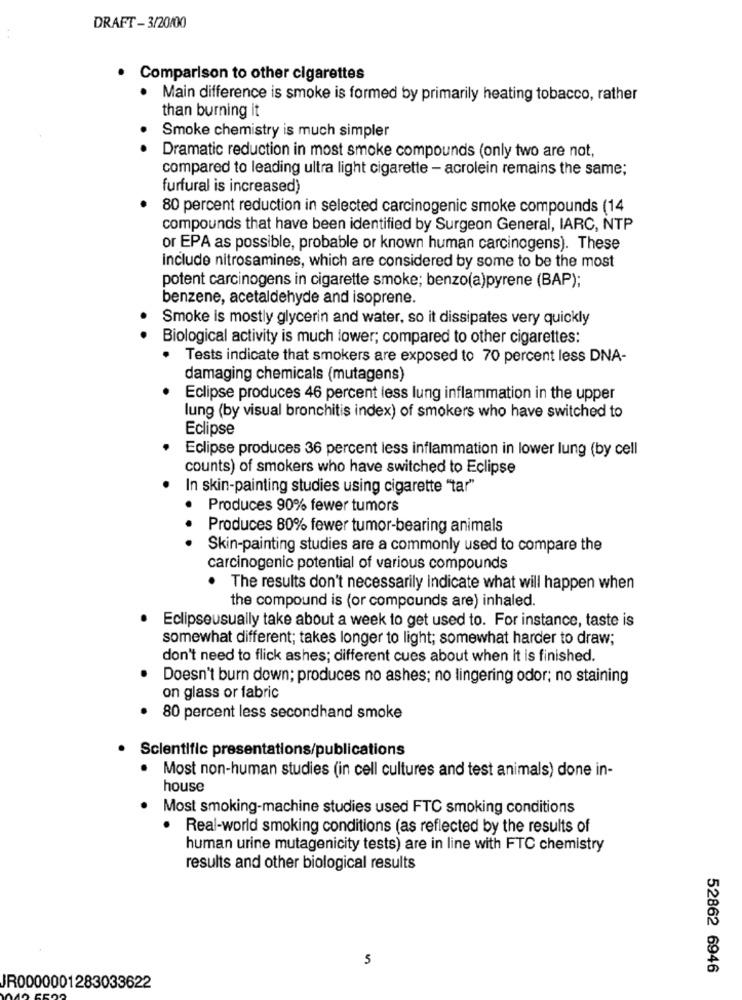
DRAFT-3/20/00
. Comparison to other cigarettes
Main difference is smoke is formed by primarily heating tobacco, rather
than burning it
Smoke chemistry is much simpler
Dramatic reduction in most smoke compounds (only two are not,
compared to leading ultra light cigarette - acrolein remains the same;
furfural is increased)
80 percent reduction in selected carcinogenic smoke compounds (14
compounds that have been identified by Surgeon General, IARC, NTP
or EPA as possible, probable or known human carcinogens). These
include nitrosamines, which are considered by some to be the most
potent carcinogens in cigarette smoke; benzo(a)pyrene (BAP);
benzene, acetaldehyde and isoprene.
Smoke is mostly glycerin and water, so it dissipates very quickly
Biological activity is much lower; compared to other cigarettes:
· Tests indicate that smokers are exposed to 70 percent less DNA-
damaging chemicals (mutagens)
Eclipse produces 46 percent less lung inflammation in the upper
lung (by visual bronchitis index) of smokers who have switched to
Eclipse
Eclipse produces 36 percent less inflammation in lower lung (by cell
counts) of smokers who have switched to Eclipse
In skin-painting studies using cigarette "tar"
Produces 90% fewer tumors
Produces 80% fewer tumor-bearing animals
.. .
Skin-painting studies are a commonly used to compare the
carcinogenic potential of various compounds
. The results don't necessarily indicate what will happen when
the compound is (or compounds are) inhaled.
Eclipseusually take about a week to get used to. For instance, taste is
somewhat different; takes longer to light; somewhat harder to draw;
don't need to flick ashes; different cues about when it is finished.
Doesn't burn down; produces no ashes; no lingering odor; no staining
on glass or fabric
80 percent less secondhand smoke
· Scientific presentations/publications
· Most non-human studies (in cell cultures and test animals) done in-
house
Most smoking-machine studies used FTC smoking conditions
. Real-world smoking conditions (as reflected by the results of
human urine mutagenicity tests) are in line with FTC chemistry
results and other biological results
5
52862 6946
JR0000001283033622